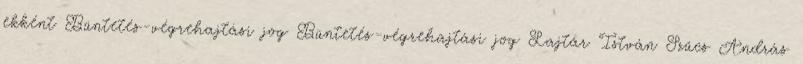
ekként Büntetés-végrehajtási jog Büntetés-végrehajtási jog Lajtár István Szűcs András